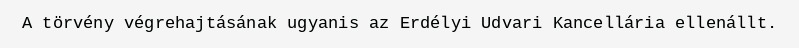
A törvény végrehajtásának ugyanis az Erdélyi Udvari Kancellária ellenállt.